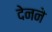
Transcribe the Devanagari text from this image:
देनने